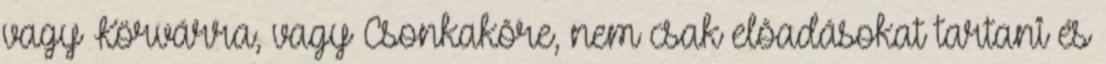
vagy Körvárra, vagy Csonkakõre, nem csak elõadásokat tartani és